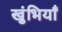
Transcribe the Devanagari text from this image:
खुंभियाँ